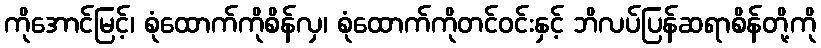
ကိုအောင်မြင့်၊ စုံထောက်ကိုစိန်လှ၊ စုံထောက်ကိုတင်ဝင်းနှင့် ဘိလပ်ပြန်ဆရာစိန်တို့ကို